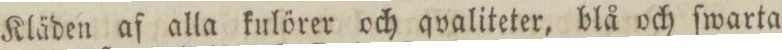
Kläden af alla kulörer och qvaliteter, blå och ſwarta